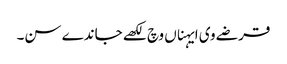
قرضے وی ایہناں وچ لکھے جاندے سن۔